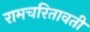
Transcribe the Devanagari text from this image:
रामचरितावती